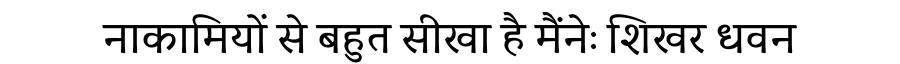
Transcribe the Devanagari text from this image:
नाकामियों से बहुत सीखा है मैंनेः शिखर धवन